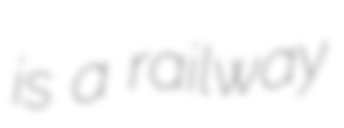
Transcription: is a railway